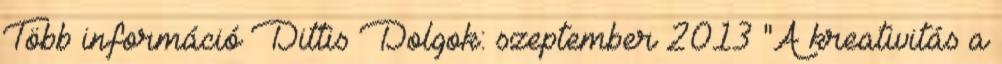
Több információ Dittis Dolgok: szeptember 2013 "A kreativitás a